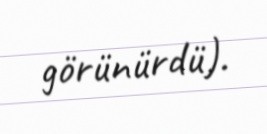
görünürdü).